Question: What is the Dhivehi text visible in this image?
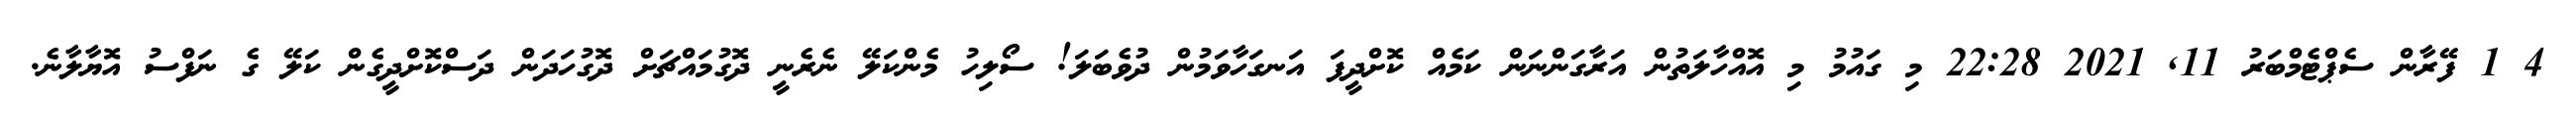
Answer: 4 1 ފޭރާން ސެޕްޓެމްބަރު 11, 2021 22:28 މި ގައުމު މި އޮއްހާލަތުން އަރާގަންނަން ކަމެއް ކޮށްދީފަ އަނގަހާވަމުން ދުވެބަލަ! ސޯލިހު މެންކަލޭ ނެރެނީ ދޮގުމައްޗަށް ދޮގުހަދަން ދަސްކޮށްދީގެން ކަލޭ ގެ ނަފްސު އޮޔާލާނެ.